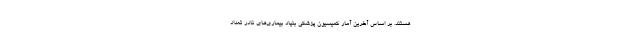
هستند. بر اساس آخرین آمار کمیسیون پزشکی بنیاد بیماری‌های نادر تعداد